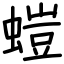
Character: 螘